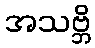
အသဗ္ဘိ